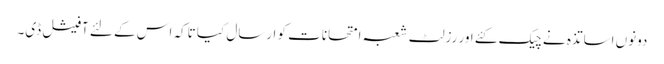
دونوں اساتذہ نے چیک کئے اور رزلٹ شعبہ امتحانات کو ارسال کیا تاکہ اس کے لئے آفیشل ڈی۔